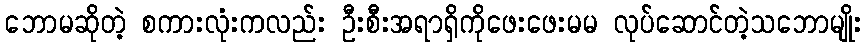
ဘောမဆိုတဲ့ စကားလုံးကလည်း ဦးစီးအရာရှိကိုဖေးဖေးမမ လုပ်ဆောင်တဲ့သဘောမျိုး